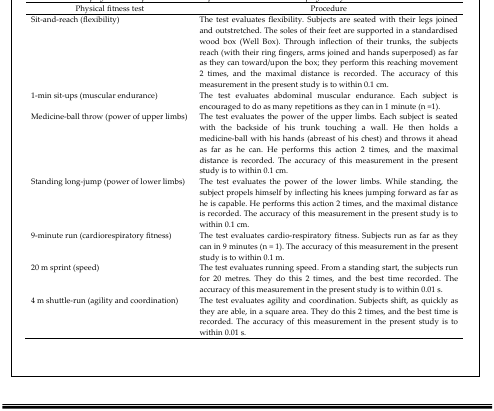
| Physical fitness test | Procedure |
 | --- | --- |
 | Sit-and-reach (flexibility) | The test evaluates flexibility. Subjects are seated with their legs joined and outstretched. The soles of their feet are supported in a standardised wood box (Well Box). Through inflection of their trunks, the subjects reach (with their ring fingers, arms joined and hands superposed) as far as they can toward/upon the box; they perform this reaching movement 2 times, and the maximal distance is recorded. The accuracy of this measurement in the present study is to within 0.1 cm. |
 | 1-min sit-ups (muscular endurance) | The test evaluates abdominal muscular endurance. Each subject is encouraged to do as many repetitions as they can in 1 minute (n =1). |
 | Medicine-ball throw (power of upper limbs) | The test evaluates the power of the upper limbs. Each subject is seated with the backside of his trunk touching a wall. He then holds a medicine-ball with his hands (abreast of his chest) and throws it ahead as far as he can. He performs this action 2 times, and the maximal distance is recorded. The accuracy of this measurement in the present study is to within 0.1 cm. |
 | Standing long-jump (power of lower limbs) | The test evaluates the power of the lower limbs. While standing, the subject propels himself by inflecting his knees jumping forward as far as he is capable. He performs this action 2 times, and the maximal distance is recorded. The accuracy of this measurement in the present study is to within 0.1 cm. |
 | 9-minute run (cardiorespiratory fitness) | The test evaluates cardio-respiratory fitness. Subjects run as far as they can in 9 minutes (n = 1). The accuracy of this measurement in the present study is to within 0.1 m. |
 | 20 m sprint (speed) | The test evaluates running speed. From a standing start, the subjects run for 20 metres. They do this 2 times, and the best time recorded. The accuracy of this measurement in the present study is to within 0.01 s. |
 | 4 m shuttle-run (agility and coordination) | The test evaluates agility and coordination. Subjects shift, as quickly as they are able, in a square area. They do this 2 times, and the best time is recorded. The accuracy of this measurement in the present study is to within 0.01 s. |